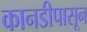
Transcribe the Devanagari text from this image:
कानडीपासून